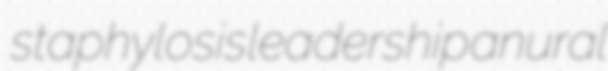
staphylosis leadership anural